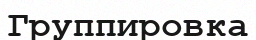
Группировка